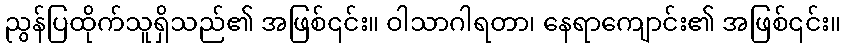
ညွန်ပြထိုက်သူရှိသည်၏ အဖြစ်၎င်း။ ဝါသာဂါရတာ၊ နေရာကျောင်း၏ အဖြစ်၎င်း။